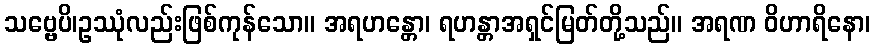
သဗ္ဗေပိ၊ဥဿုံလည်းဖြစ်ကုန်သော။ အရဟန္တော၊ ရဟန္တာအရှင်မြတ်တို့သည်။ အရဏ ဝိဟာရိနော၊